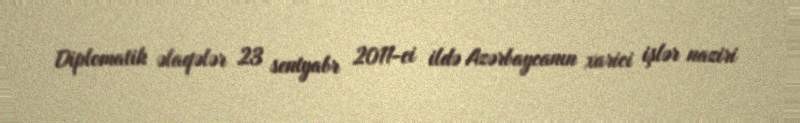
Diplomatik əlaqələr 23 sentyabr 2011-ci ildə Azərbaycanın xarici işlər naziri